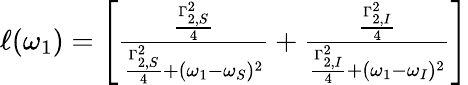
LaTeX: \begin{array}{r}{\ell(\omega_{1})=\left[\frac{\frac{\Gamma_{2,S}^{2}}{4}}{\frac{\Gamma_{2,S}^{2}}{4}+(\omega_{1}-\omega_{S})^{2}}+\frac{\frac{\Gamma_{2,I}^{2}}{4}}{\frac{\Gamma_{2,I}^{2}}{4}+(\omega_{1}-\omega_{I})^{2}}\right]}\end{array}